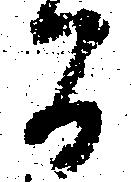
間